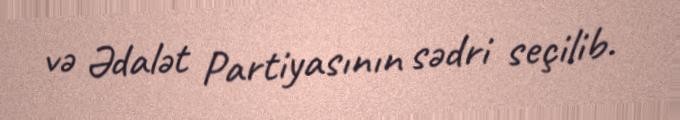
və Ədalət Partiyasının sədri seçilib.